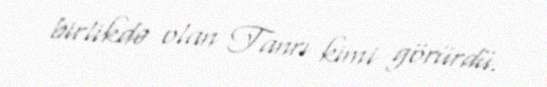
birlikdə olan Tanrı kimi görürdü.